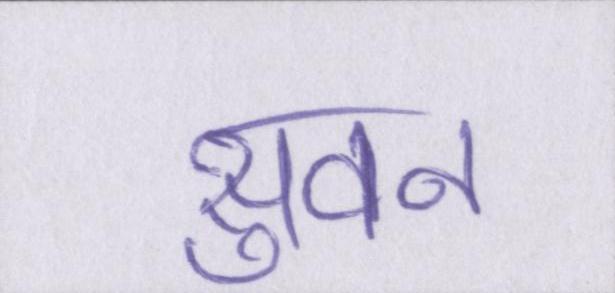
सुवन